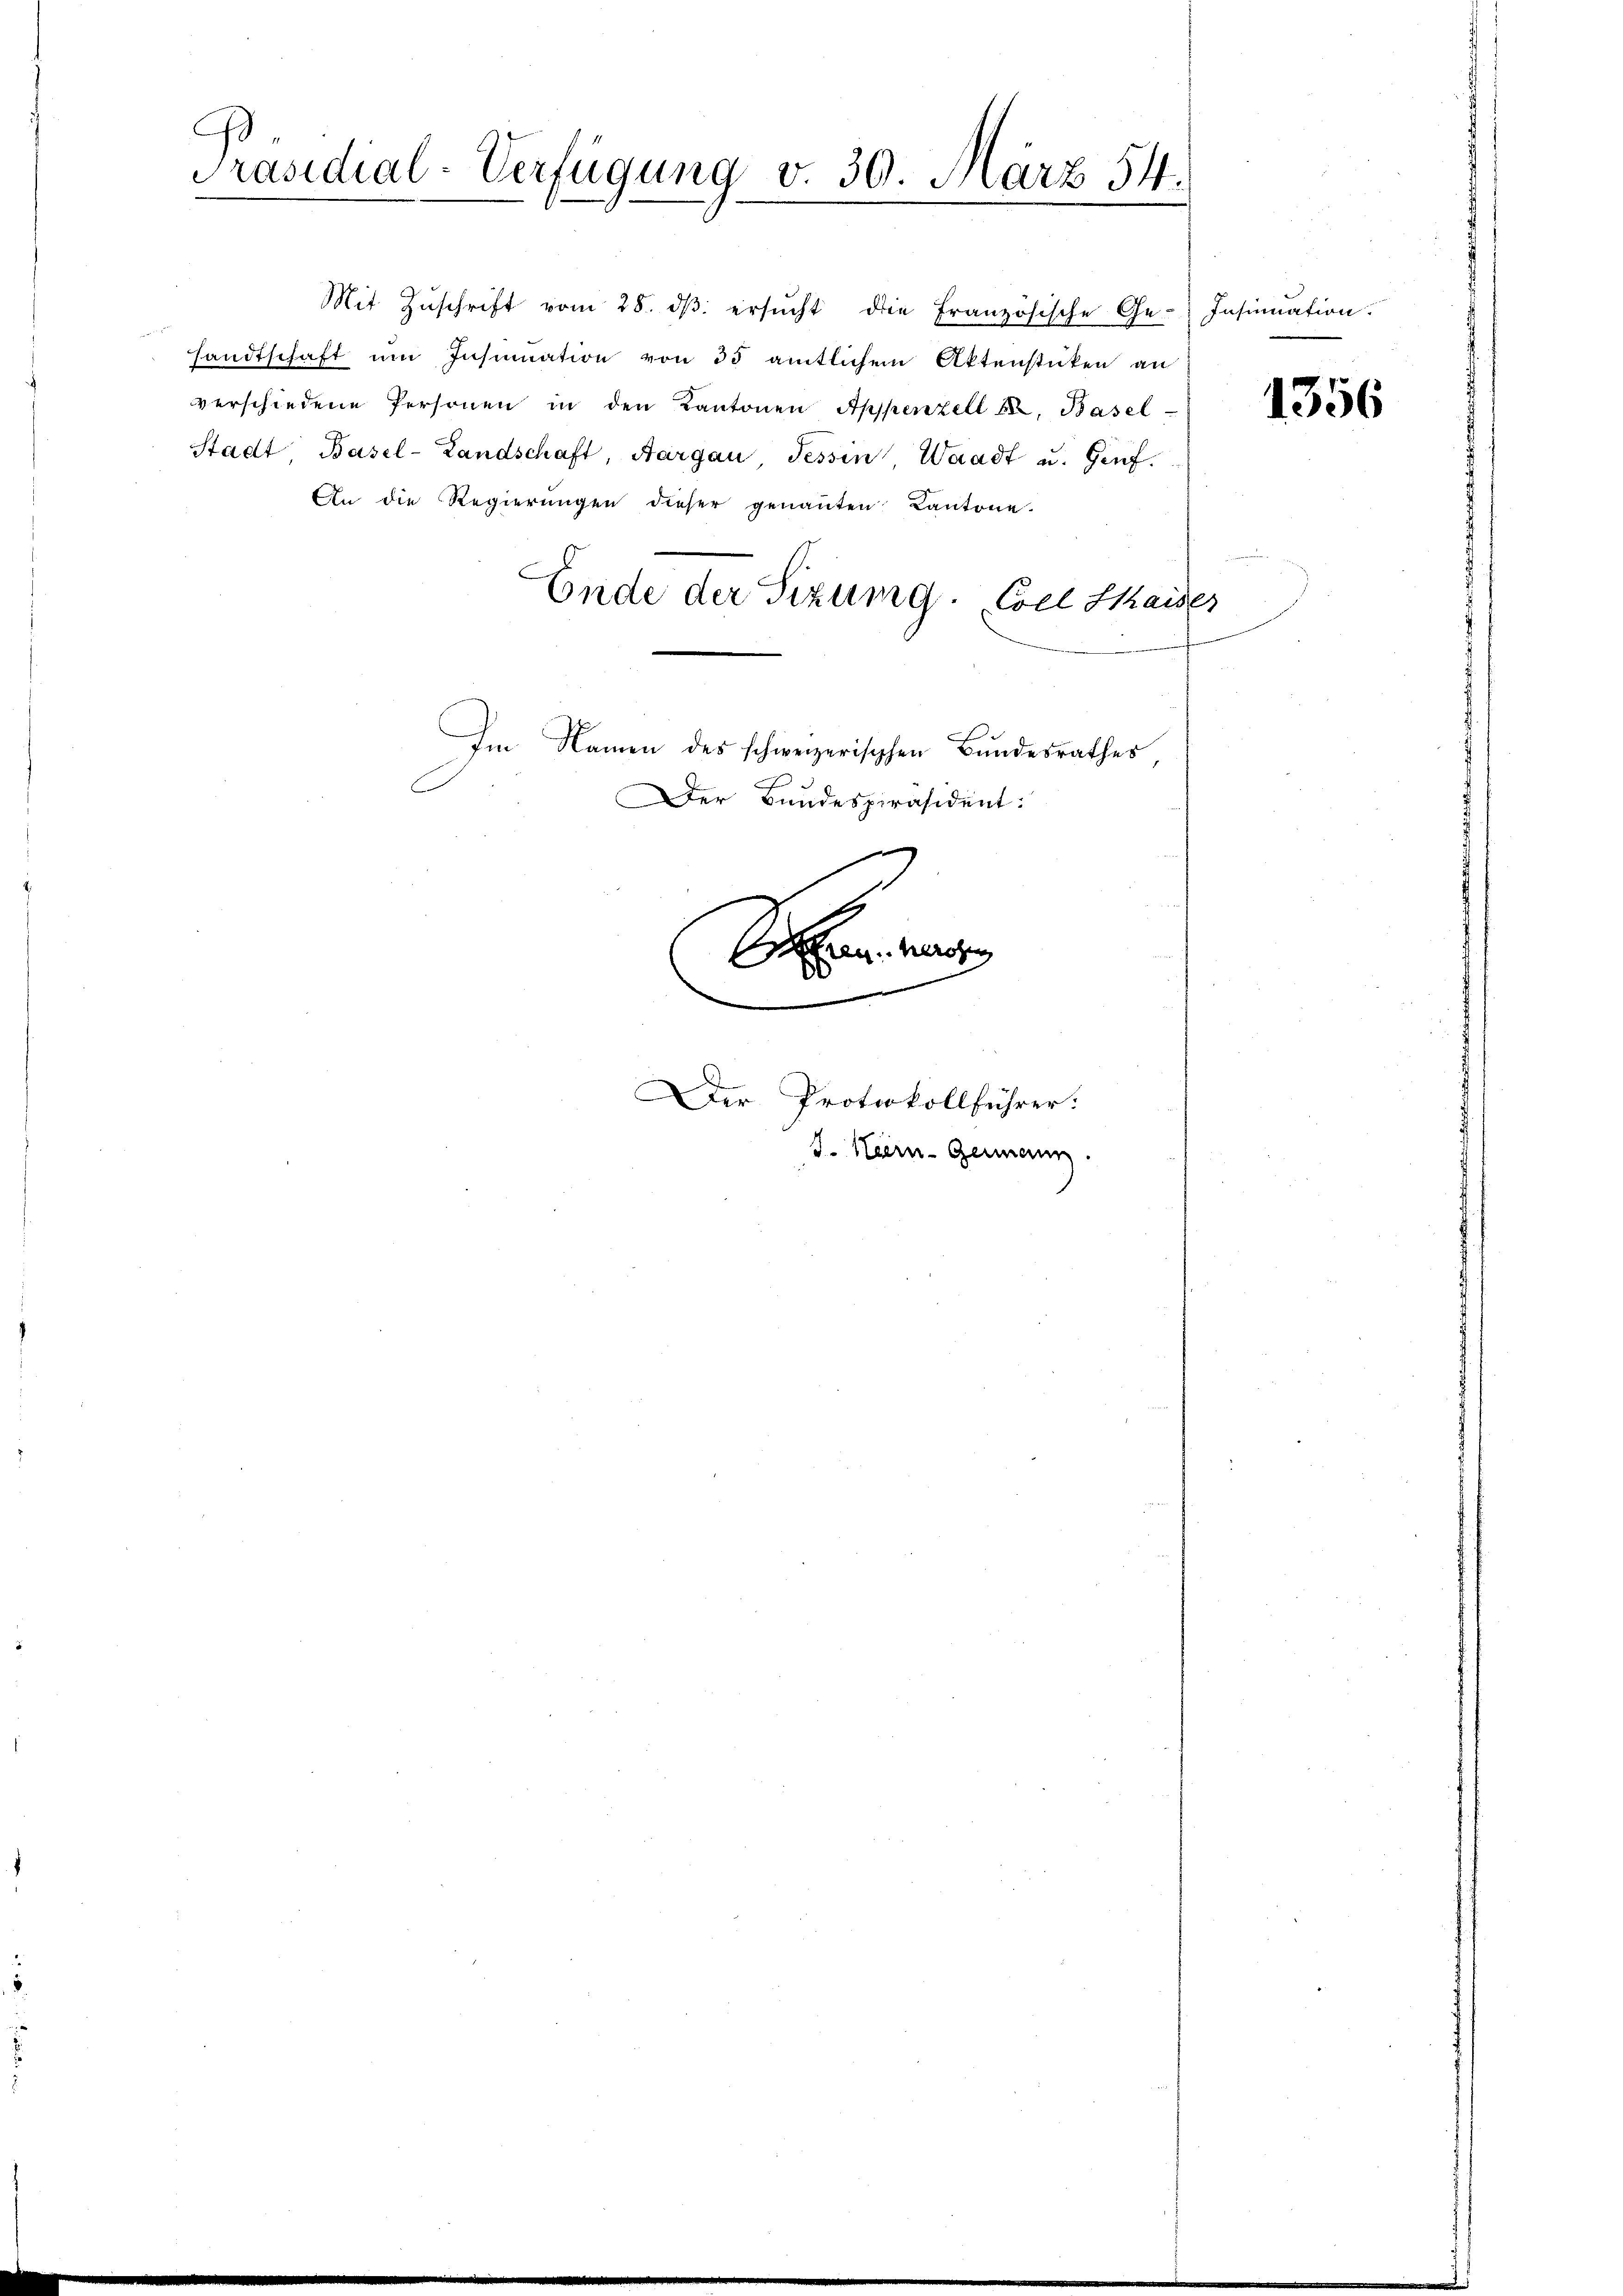
d.
Präsidial-Verfügung v. 30. März 54.

Mit Zŭschrift vom 28. dβ ersŭcht die französische Ge-Insinuation.
sandtschaft um Insinuation von 35 amtlichem Aktenstücken an
verschiedene Personen in den Kantonen Appenzell A. Basel-
Stadt Basel-Landschaft, Aargau, Tessin Waadt u. Genf.
An die Regierungen dieser genannten Kantone.
Ende der Sizung.  Coel Kaises
Im Namen des schweizerischen Bundesrathes
Der Bundespräsident:

Sehen
.
Der Protokollführer:
J. Hiern-Germann.

1356